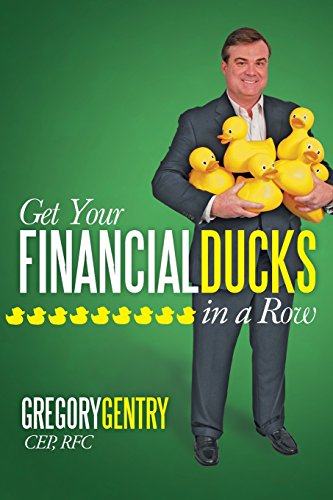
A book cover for Get Your Financial Ducks in a Row; Gregory Gentry CEP  RFC; Business & Money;